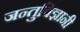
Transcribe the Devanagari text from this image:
जन्तुविज्ञानी